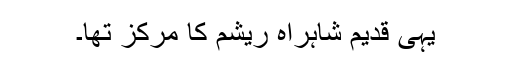
یہی قدیم شاہراہ ریشم کا مرکز تھا۔